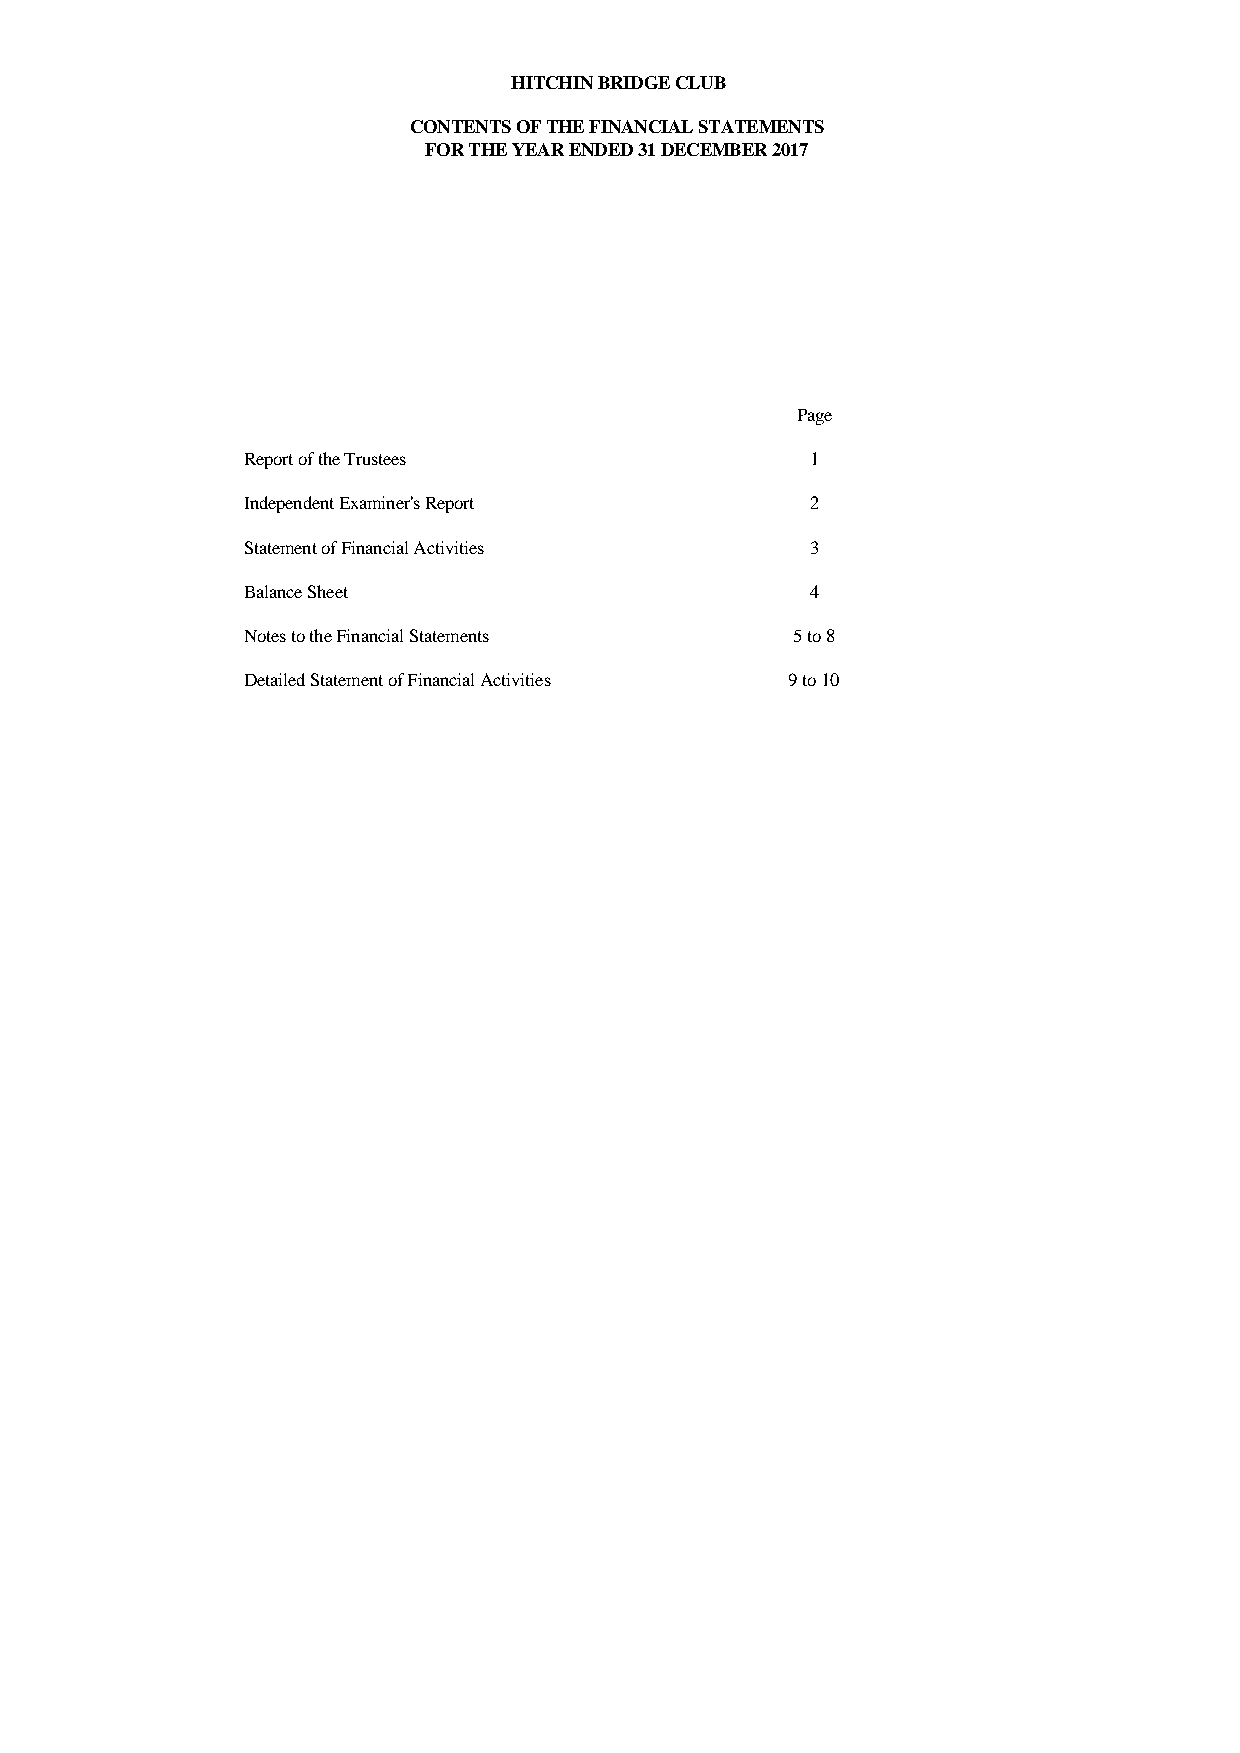
HITCHIN BRIDGE CLUB
 CONTENTS OF THE FINANCIAL STATEMENTS
 FOR THE YEAR ENDED 31 DECEMBER 2017
 Page
 Report of the Trustees                1
 Independent Examiner's Report         2
 Statement of Financial Activities     3
 Balance Sheet                         4
 Notes to the Financial Statements    5 to 8
 Detailed Statement of Financial Activities 9 to 10